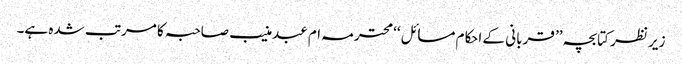
زیر نظر کتابچہ ’’ قربانی کے احکام مسائل ‘‘ محترمہ ام عبدمنیب صاحبہ کا مرتب شدہ ہے۔